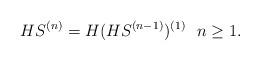
LaTeX: \begin{align*} HS^{(n)}= H(HS^{(n-1)})^{(1)}~~ n \geq 1.\end{align*}